Indian Medical Review
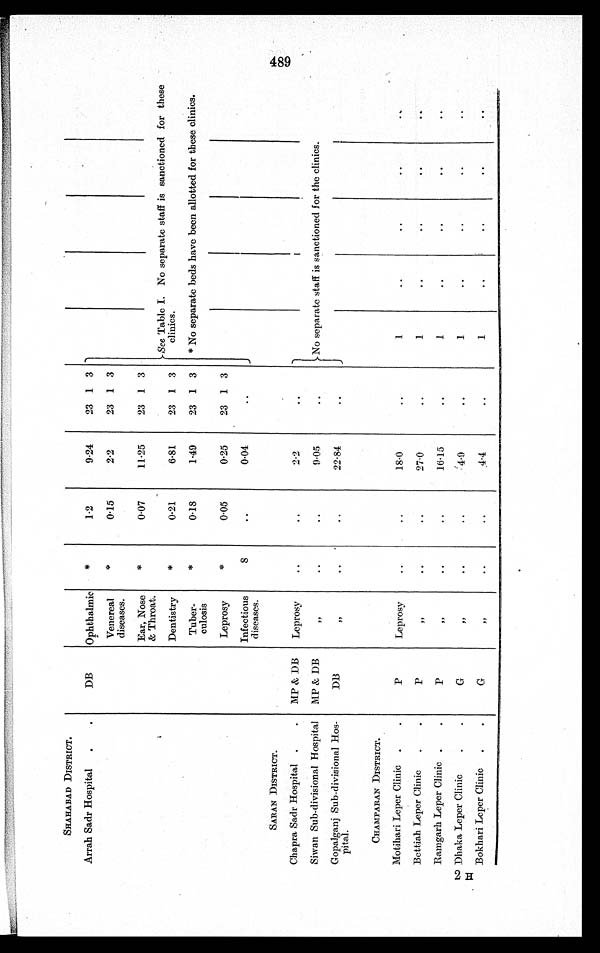
SHAHABAD DISTRICT.
Arrah Sadr Hospital
.
.
DB
Ophthalmic
*
1.2
9.24
23 1 3
Venereal
diseases.
*
0.15
2.2
23 1 3
Ear, Nose
& Throat.
*
0.07
11.25
23 1 3
See Table I. No separate staff is sanctioned for these
clinics.
* No separate beds have been allotted for these clinics.
Dentistry
*
0.21
6.81
23 1 3
Tuber-
culosis
*
0.18
1.49
23 1 3
Leprosy
*
0.05
0.25
23 1 3
Infectious
diseases.
8 ..
0.04
. .
SARAN DISTRICT.
Chapra Sadr Hospital .
.
MP & DB
Leprosy
. .
..
2.2
..
Siwan Sub-divisional Hospital
MP& DB
7 7,
.. ..
..
..
}.No separate staff is sanctioned for the clinics.
1
J
I
Gopalganj Sub-divisional Hos-
pital.
D1
ll
. .
..
22.84
. .
CHAMPARAN DISTRICT.
Motihari Leper Clinic .
.
P
Lepros
..
..
..
1
..
..
- .
..,
Bettiah Leper Clinic
.
.
P
, .
..
..
27.0
..
1
. .
. .
. .
. -
Raingarh Leper Clinic .
.
,,
..
..
16.15
..
1
. .
. .
. .
. .
Dhaka Leper Clinic
.
.
P/
. .
. .
4.9
. .
1
.
.
.
.
. .
. -
Bokliari Leper Clinic
.
.
.
.
..
4.4
.
.
1
..
.
.
.
.
.
.